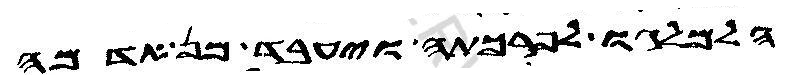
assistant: הלמלגו לכפרתה ויעבד מן אדמה